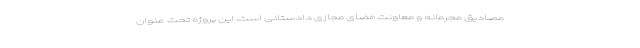
مصادیق مجرمانه و معاونت فضای مجازی دادستانی است، این پروژه تحت عنوان